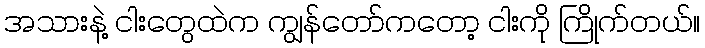
အသားနဲ့ ငါးတွေထဲက ကျွန်တော်ကတော့ ငါးကို ကြိုက်တယ်။